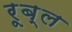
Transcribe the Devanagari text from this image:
रूब्ल